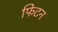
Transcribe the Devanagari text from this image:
फिटन